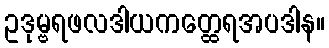
ဥဒုမ္ဗရဖလဒါယကတ္ထေရအပဒါန။